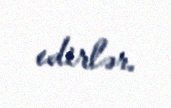
edirlər.